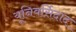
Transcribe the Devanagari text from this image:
यूनिवर्सिदाद